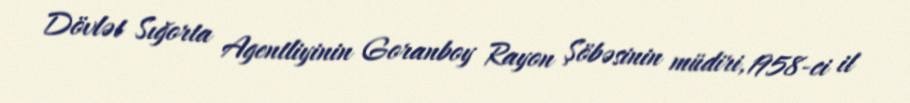
Dövlət Sığorta Agentliyinin Goranboy Rayon Şöbəsinin müdiri, 1958-ci il